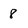
Character: 8